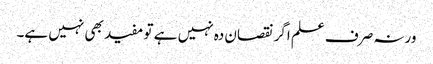
ورنہ صرف علم اگر نقصان دہ نہیں ہے تو مفید بھی نہیں ہے۔